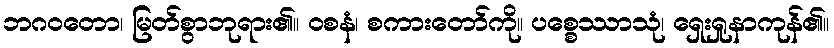
ဘဂဝတော၊ မြတ်စွာဘုရား၏။ ဝစနံ၊ စကားတော်ကို။ ပစ္စေဿာသုံ၊ ရှေးရှုနာကုန်၏။